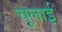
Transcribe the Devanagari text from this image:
चुलाई